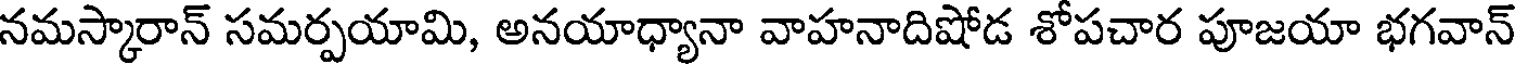
నమస్కారాన్ సమర్పయామి, అనయాధ్యానా వాహనాదిషోడ శోపచార పూజయా భగవాన్